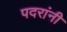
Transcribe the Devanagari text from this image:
पदरांनी